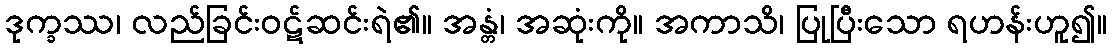
ဒုက္ခဿ၊ လည်ခြင်းဝဋ်ဆင်းရဲ၏။ အန္တံ၊ အဆုံးကို။ အကာသိ၊ ပြုပြီးသော ရဟန်းဟူ၍။